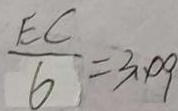
\frac { E C } { 6 } = 3 . 0 9